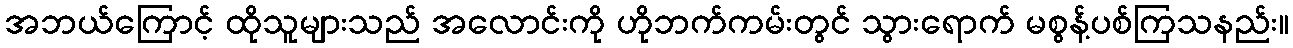
အဘယ်ကြောင့် ထိုသူများသည် အလောင်းကို ဟိုဘက်ကမ်းတွင် သွားရောက် မစွန့်ပစ်ကြသနည်း။